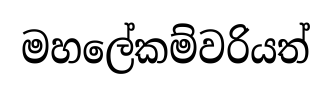
මහලේකම්වරියත්